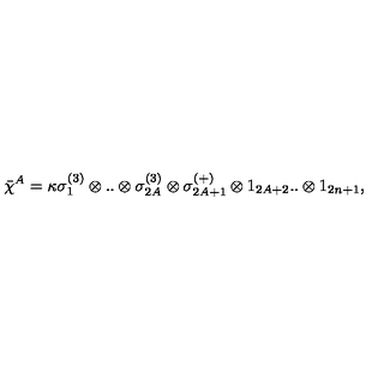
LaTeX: \bar { \chi } ^ { A } = \kappa \sigma _ { 1 } ^ { ( 3 ) } \otimes . . \otimes \sigma _ { 2 A } ^ { ( 3 ) } \otimes \sigma _ { 2 A + 1 } ^ { ( + ) } \otimes 1 _ { 2 A + 2 } . . \otimes 1 _ { 2 n + 1 } ,